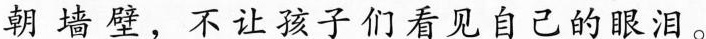
朝墙壁，不让孩子们看见自己的眼泪。